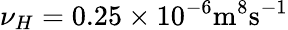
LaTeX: \nu_{H}=0.25\times 10^{-6}\textnormal{m}^{8}\textnormal{s}^{-1}